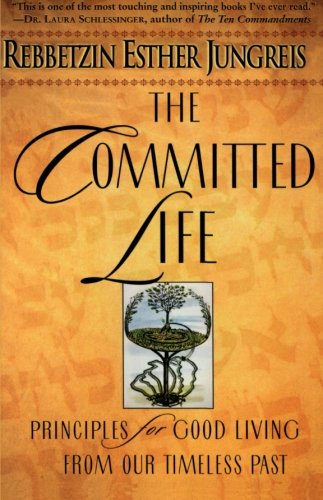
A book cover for The Committed Life: Principles for Good Living from Our Timeless Past; Esther Jungreis; Religion & Spirituality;